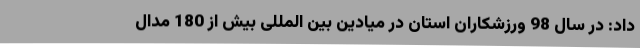
داد: در سال 98 ورزشکاران استان در میادین بین المللی بیش از 180 مدال